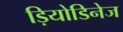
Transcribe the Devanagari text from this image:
ड़ियोडिनेज